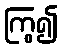
ကြွ၍